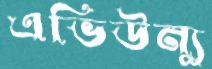
এভিউন্যু